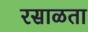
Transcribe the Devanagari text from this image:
रसाळता